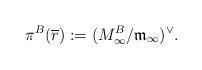
LaTeX: \begin{align*}\pi^B (\overline{ r}) := (M^{B}_{\infty}/ \frak{m}_{\infty})^{\vee} .\end{align*}